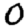
Digit: 0